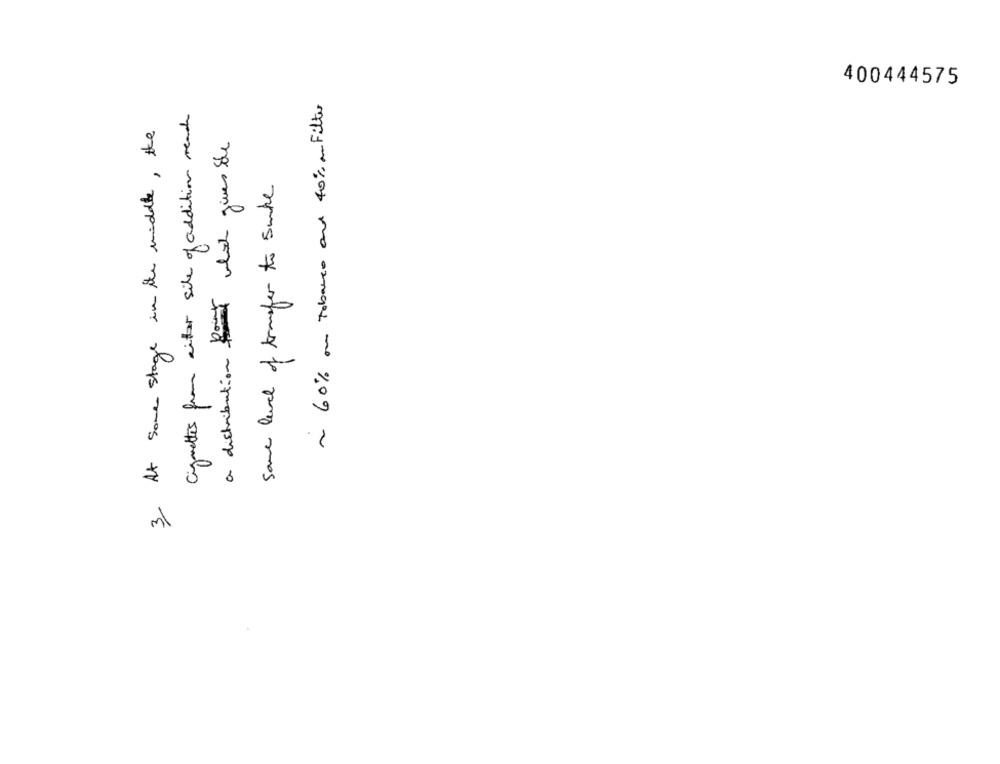
400444575
~ 60% ou tobacco and 40% anFilter
Cigarettes from aitor site of addition reads
3 At some stage in the middle , the
a distribution fot which gives de
same level of transfer to smake